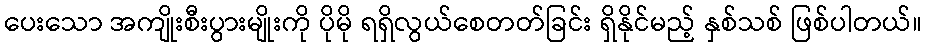
ပေးသော အကျိုးစီးပွားမျိုးကို ပိုမို ရရှိလွယ်စေတတ်ခြင်း ရှိနိုင်မည့် နှစ်သစ် ဖြစ်ပါတယ်။